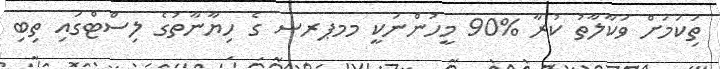
ތިަކަމަށް ވަކާލާތު ކުރާ %90 މީހުންނަކީ މމޕރސ ގެ ހިޔާނާތުގެ ލިސްޓްގައި ތިބި